Mental hospitals Bombay report 1929-33 - 1929-1933
Year: 1929
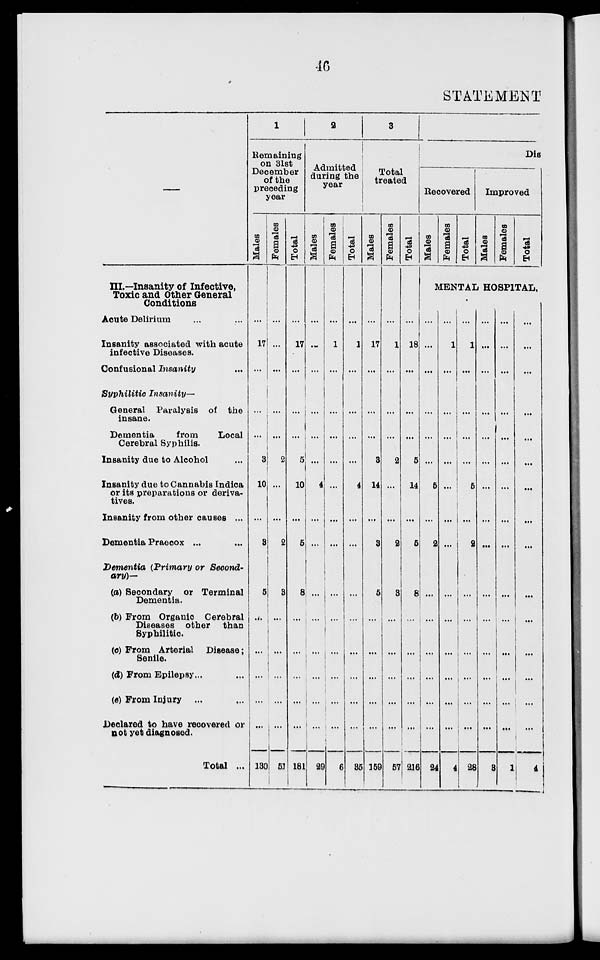
46
STATEMENT
III.—Insanity of Infective,
Toxic and Other General
Conditions
Acute Delirium ... ...
Insanity associated with acute
infective Diseases.
Confusional Insanity ...
Syphilitic Insanity—
General Paralysis of the
insane.
Dementia
from
Local
Cerebral Syphilis.
Insanity due to Alcohol ...
Insanity due to Cannabis Indica
or its preparations or deriva-
tives.
Insanity from other causes ...
Dementia Praecox ... ...
Dementia (Primary or Second-
ary)—
(a) Secondary or Terminal
Dementia.
(b) From Organic Cerebral
Diseases other than
Syphilitic.
(c) From Arterial Disease;
Senile.
(d) From Epilepsy ... ...
(e) From Injury ...
Declared to have recovered or
not yet diagnosed.
Total ...
1
Remaining
on 31st
December
of the
preceding
year
Males
...
17
...
...
...
3
10
...
3
5
...
...
...
...
...
130
Females
...
...
...
...
...
2
...
...
2
3
...
...
...
...
...
51
Total
...
17
...
...
...
5
10
...
5
8
...
...
...
...
...
18
2
Admitted
during the
year
Males
...
...
...
...
...
...
4
...
...
...
...
...
...
...
...
29
Females
...
1
...
...
...
...
...
...
...
...
...
...
...
...
...
6
Total
...
1
...
...
...
...
4
...
...
...
...
...
...
...
...
35
3
Total
treated
Males
...
17
...
...
...
3
14
...
3
5
...
...
...
...
...
159
Females
...
1
...
...
...
2
...
...
2
3
...
...
...
...
...
57
Total
...
18
...
...
...
5
14
...
5
8
...
...
...
...
...
216
Dis
Recovered
Males
Females
Total
Improved
Males
Females
Total
MENTAL HOSPITAL,
...
...
...
...
...
...
5
...
2
...
...
...
...
...
...
24
...
1
...
...
...
...
...
...
...
...
...
...
...
...
...
4
...
1
...
...
...
...
5
...
2
...
...
...
...
...
...
28
...
...
...
...
...
...
...
...
...
...
...
...
...
...
...
3
...
...
...
...
...
...
...
...
...
...
...
...
...
...
...
1
...
...
...
...
...
...
...
...
...
...
...
...
...
...
...
4